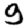
Digit: 9